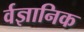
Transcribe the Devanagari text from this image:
र्वज्ञानिक